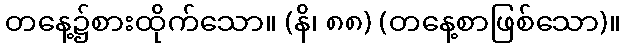
တနေ့၌စားထိုက်သော။ (နိ၊ ၈၈) (တနေ့စာဖြစ်သော)။